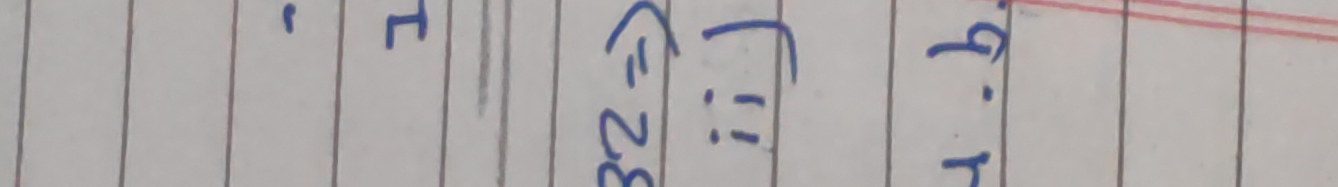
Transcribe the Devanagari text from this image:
. 1 (32):ii ग.घ